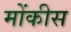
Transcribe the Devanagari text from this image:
मोंकीस